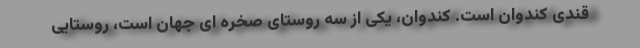
قندی کندوان است. کندوان، یکی از سه روستای صخره ای جهان است، روستایی